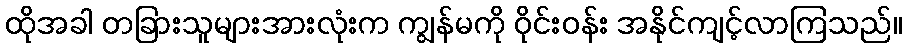
ထိုအခါ တခြားသူများအားလုံးက ကျွန်မကို ဝိုင်းဝန်း အနိုင်ကျင့်လာကြသည်။